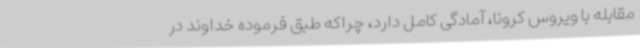
مقابله با ویروس کرونا، آمادگی کامل دارد، چراکه طبق فرموده خداوند در